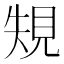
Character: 𰴐